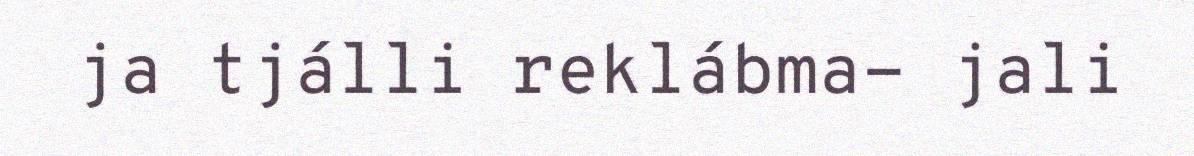
ja tjálli reklábma- jali